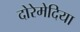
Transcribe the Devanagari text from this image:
दोरेमेदिया